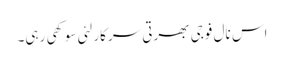
اس نال فوجی بھرتی سرکار لئی سوکھی رہی۔